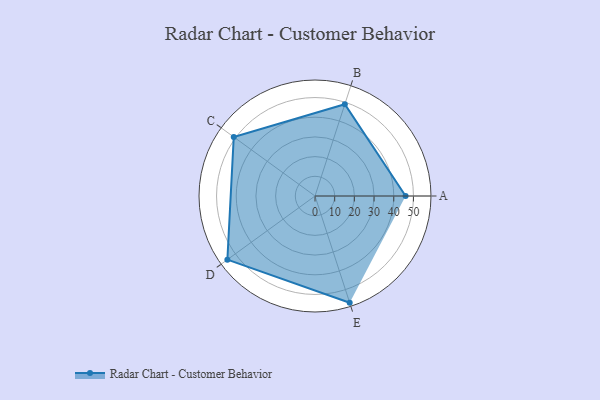
{"axis": {"x": "Skill", "y": "Score"}, "legend": ["Profile"], "data": [{"x": "A", "y": 46.0, "type": "Profile"}, {"x": "B", "y": 49.0, "type": "Profile"}, {"x": "C", "y": 51.0, "type": "Profile"}, {"x": "D", "y": 55.0, "type": "Profile"}, {"x": "E", "y": 57.0, "type": "Profile"}]}